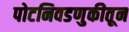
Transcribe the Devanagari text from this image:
पोटनिवडणुकीतून